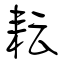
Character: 耘